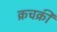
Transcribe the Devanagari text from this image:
क्रचक्री